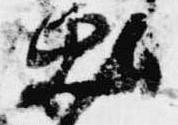
出